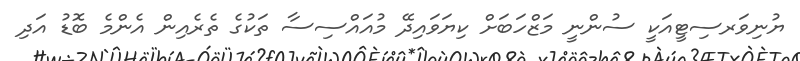
ޔުނިވަރސިޓީއަކީ ސުންނީ މަޒްހަބަށް ކިޔަވައިދޭ މުއައްސިސާ ތަކުގެ ތެރެއިން އެންމެ ބޮޑު އަދި